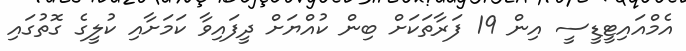
އެމްއައިޓީޑީސީ އިން 19 ފަރާތަކަށް ބިން ކުއްޔަށް ދީފައިވާ ކަމަށާއި ކުލީގެ ގޮތުގައި